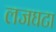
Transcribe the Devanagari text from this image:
लजघटा